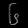
Digit: ၆